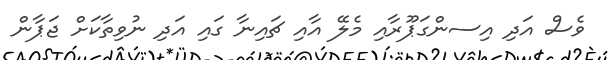
ވެސް އަދި އިސންގަޕޫރާއި މެލޭ އާއި ޗައިނާ ގައި އަދި ނުވިތާކަށް ޖަޕާން